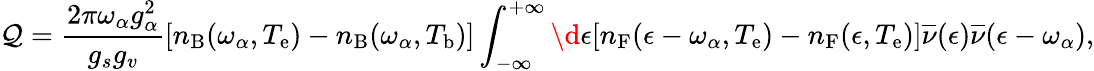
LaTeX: \mathcal{Q}=\frac{2\pi\omega_{\alpha}g_{\alpha}^{2}}{g_{s}g_{v}}[n_{\mathrm{B}}(\omega_{\alpha},T_{\mathrm{e}})-n_{\mathrm{B}}(\omega_{\alpha},T_{\mathrm{b}})]\int_{-\infty}^{+\infty}\d\epsilon[n_{\mathrm{F}}(\epsilon-\omega_{\alpha},T_{\mathrm{e}})-n_{\mathrm{F}}(\epsilon,T_{\mathrm{e}})]\overline{{\nu}}(\epsilon)\overline{{\nu}}(\epsilon-\omega_{\alpha}),